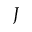
J